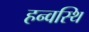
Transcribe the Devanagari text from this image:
हन्वस्थि